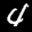
Label: 4